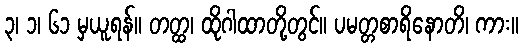
၃၊ ၁၊ ၆၁ မှယူရန်။ တတ္ထ၊ ထိုဂါထာတို့တွင်။ ပမတ္တစာရိနောတိ၊ ကား။